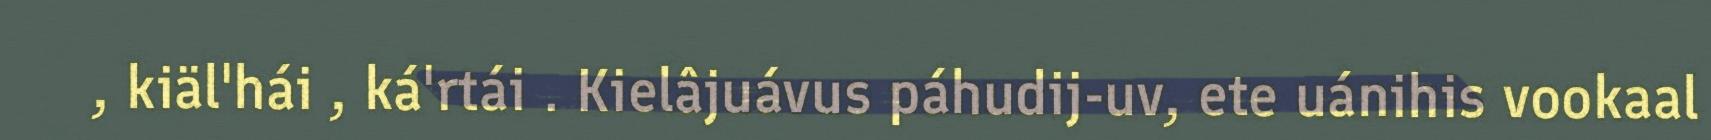
, kiäl'hái , ká'rtái . Kielâjuávus páhudij-uv, ete uánihis vookaal